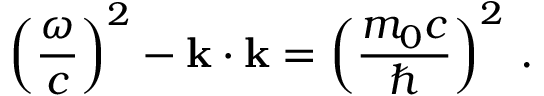
\left( { \frac { \omega } { c } } \right) ^ { 2 } - \mathbf { k } \cdot \mathbf { k } = \left( { \frac { m _ { 0 } c } { \hbar } } \right) ^ { 2 } \, .